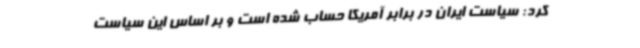
کرد: سیاست ایران در برابر آمریکا حساب شده است و بر اساس این سیاست